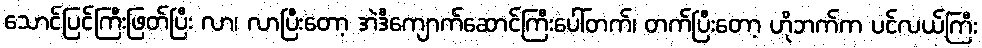
သောင်ပြင်ကြီးဖြတ်ပြီး လာ၊ လာပြီးတော့ အဲဒီကျောက်ဆောင်ကြီးပေါ်တက်၊ တက်ပြီးတော့ ဟိုဘက်က ပင်လယ်ကြီး